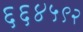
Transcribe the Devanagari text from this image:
६६४५९२